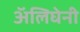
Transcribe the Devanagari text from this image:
अॅलिघेनी